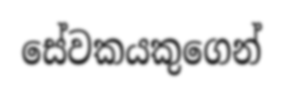
සේවකයකුගෙන්